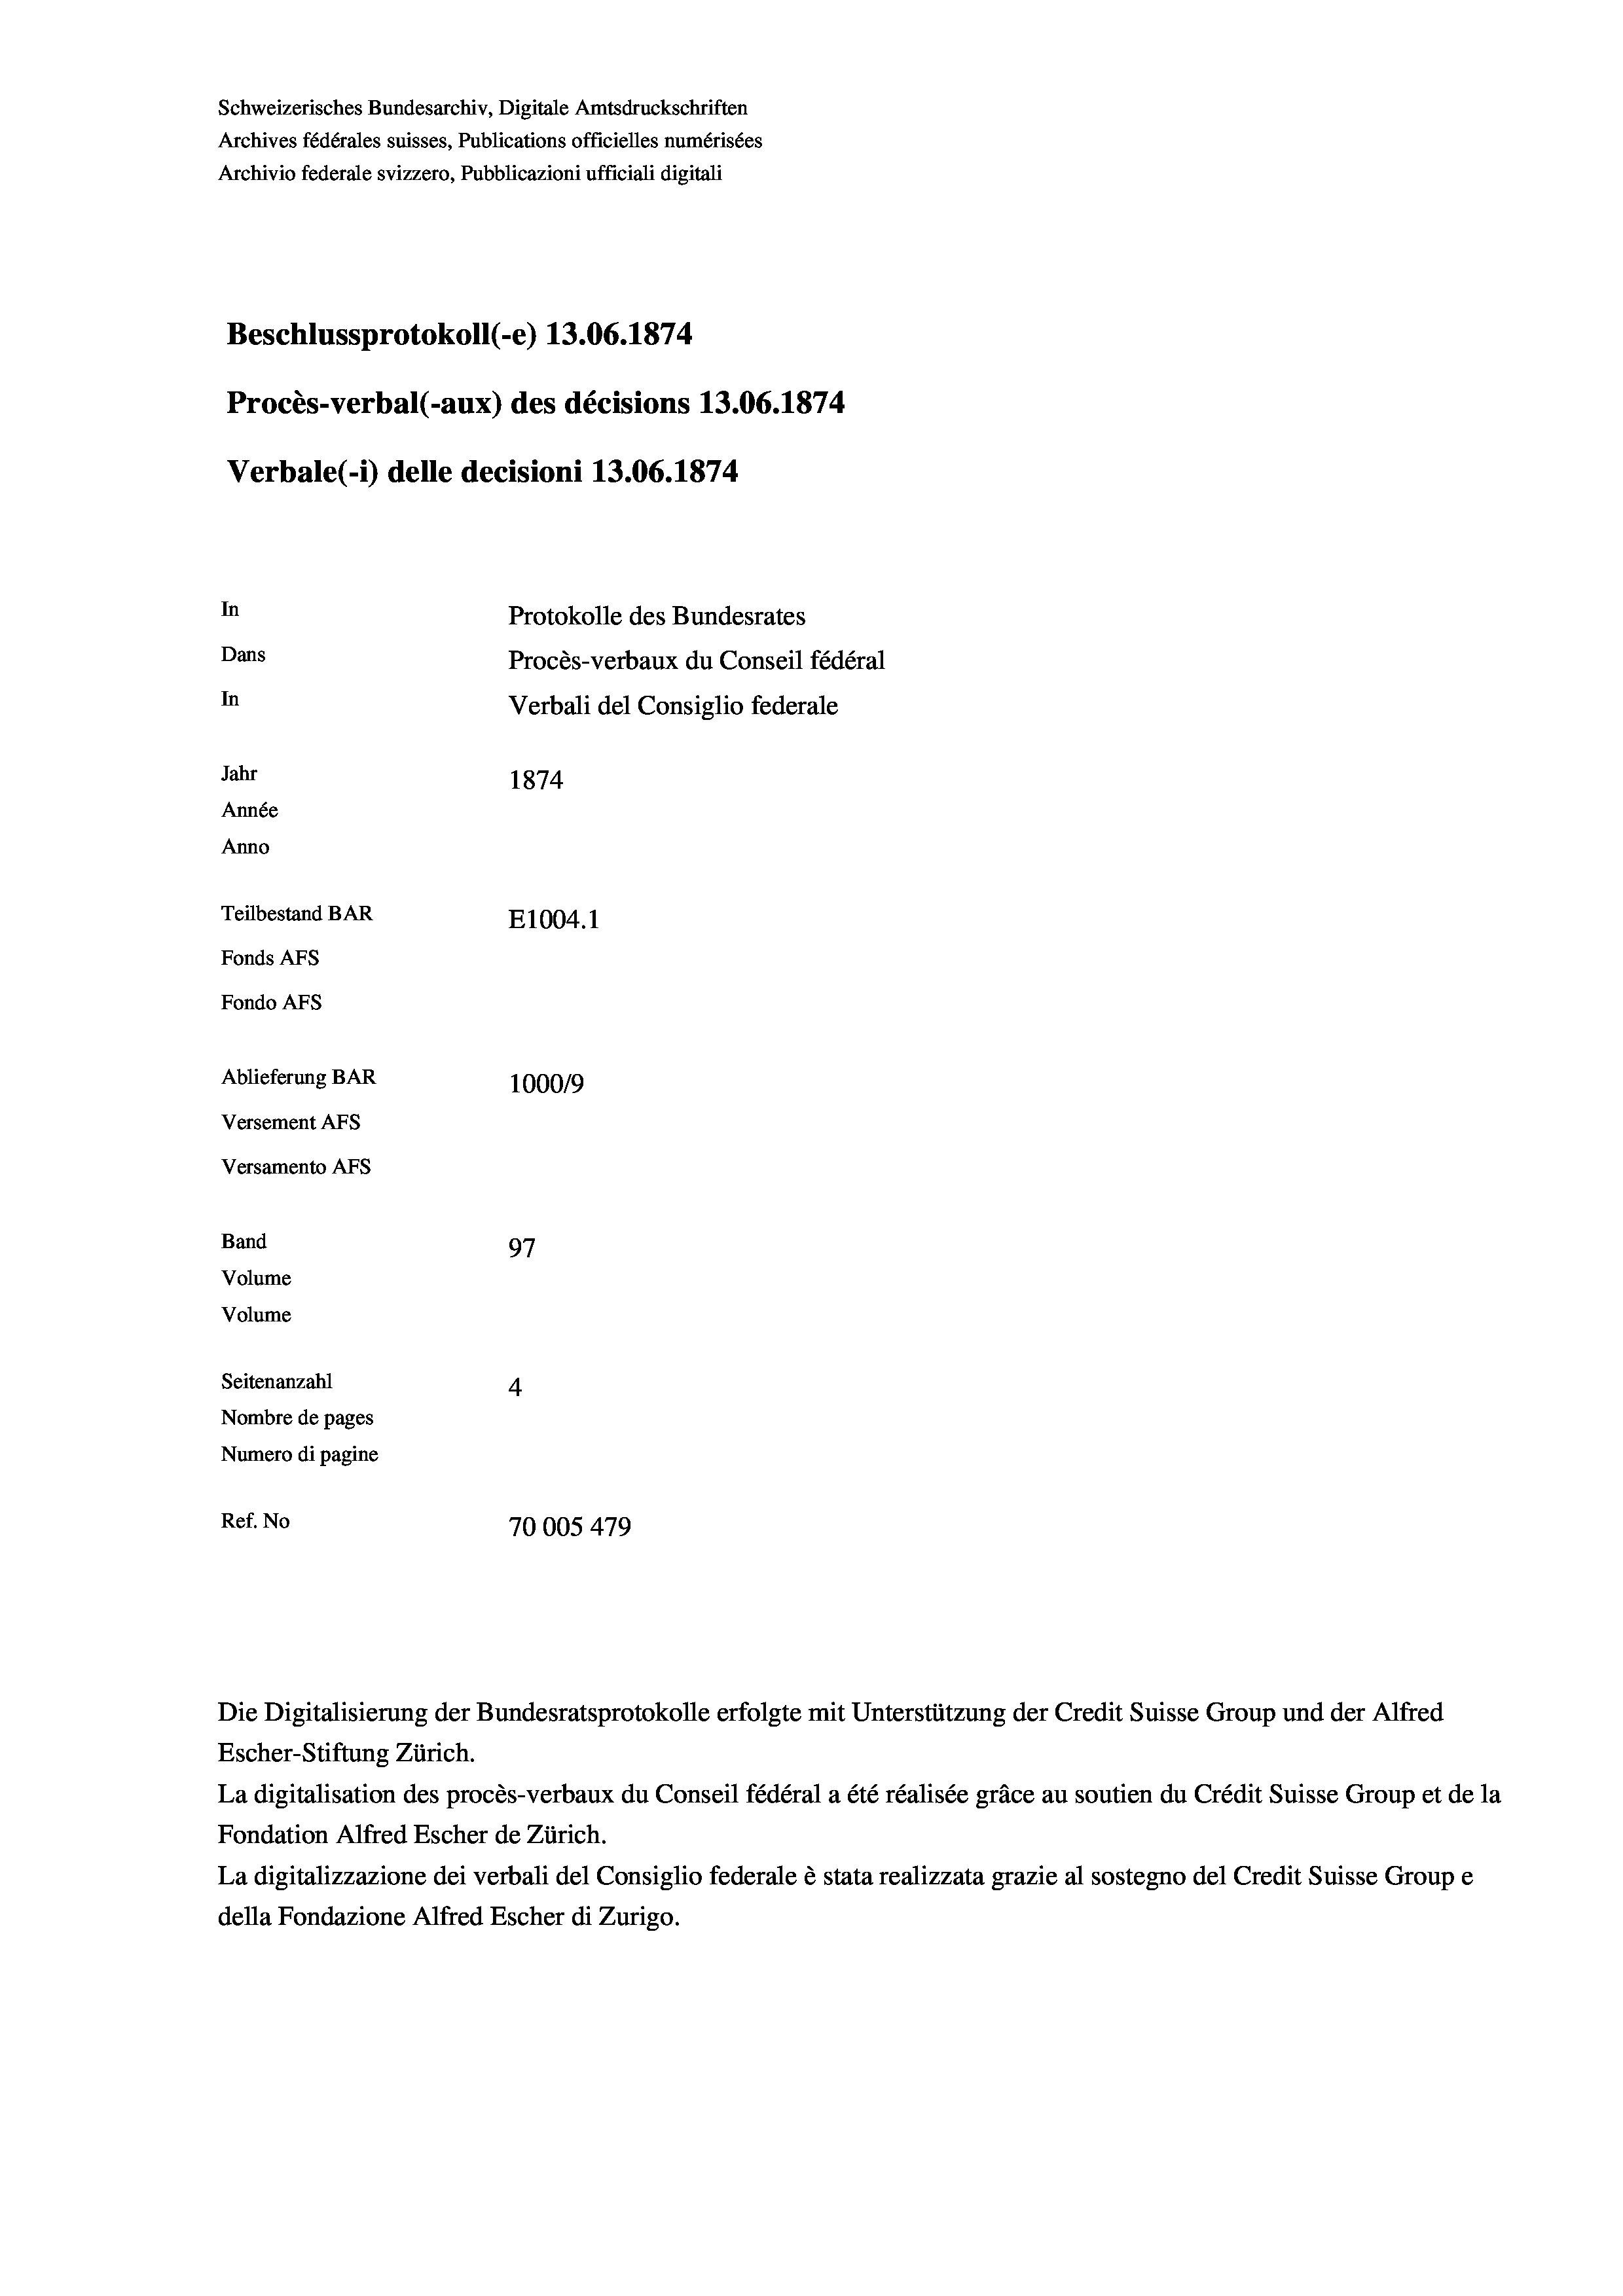
Schweizerisches Bundesarchiv, Digitale Amtsdruckschriften
Archives fédérales suisses, Publications officielles numérisées
Archivio federale svizzero, Pubblicazioni ufficiali digitali
Beschlussprotokoll (-e) 13.06. 1874
Procès-verbal (-aux) des décisions 13.06. 1874
Verbale (i) delle decisioni 13.06. 1874
In
Protokolle des Bundesrates
Dans
Procès-verbaux du Conseil fédéral
In
Verbali del Consiglio federale
Jahr
1874
Année
Anno
Teilbestand BAR
E1004.1
Fonds Afs
Fondo AFs
Ablieferung BAR
100019
Versement AFS
Versamento Afs

Band
Volume
Volume

97
Seitenanzahl
4
Nombre de pages
Numero di pagine
Ref. No
70005479

Die Digitalisierung der Bundesratsprotokolle erfolgte mit Unterstützung der Credit Suisse Group und der Alfred
Escher-Stiftung Zürich.
La digitalisation des procès-verbaux du Conseil fédéral a été réalisée gräce au soutien du Crédit Suisse Group et de la
Fondation Alfred Escher de Zürich.
La digitalizzazione dei verbali del Consiglio federale è stata realizzata grazie al sostegno del Credit Suisse Groupe
della Fondazione Alfred Escher di Zurigo.